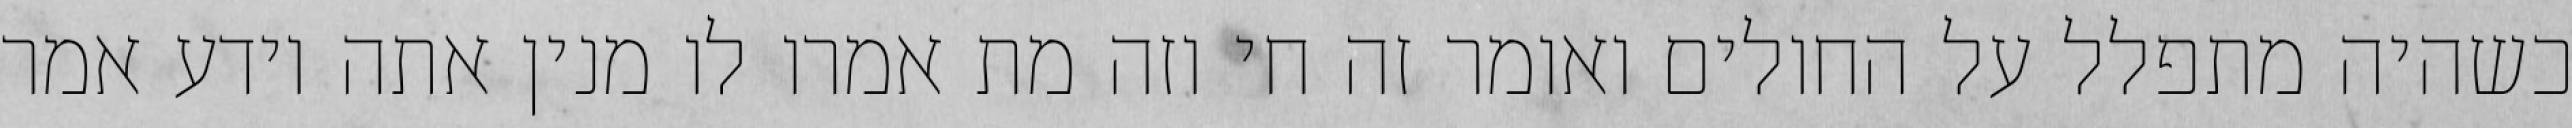
כשהיה מתפלל על החולים ואומר זה חי וזה מת אמרו לו מנין אתה יודע אמר